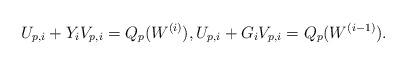
LaTeX: \begin{align*}U_{p,i}+Y_iV_{p,i}=Q_p(W^{(i)}),U_{p,i}+G_iV_{p,i}=Q_p(W^{(i-1)}).\end{align*}